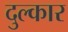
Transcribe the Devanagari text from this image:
दुल्कार